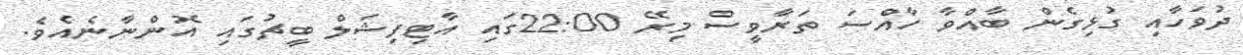
ދުވަހާއި ގުޅިގެން ބާއްވާ ހާއްސަ ތަރާވީސް މިރޭ 22:00ގައި އާޓިފިޝަލް ބީޗުގައި އޮންނާނެއެވެ.